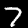
Digit: 7